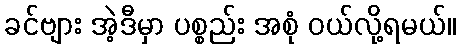
ခင်ဗျား အဲ့ဒီမှာ ပစ္စည်း အစုံ ဝယ်လို့ရမယ်။